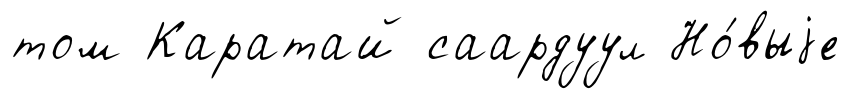
том Каратай саардуул Но́выjе